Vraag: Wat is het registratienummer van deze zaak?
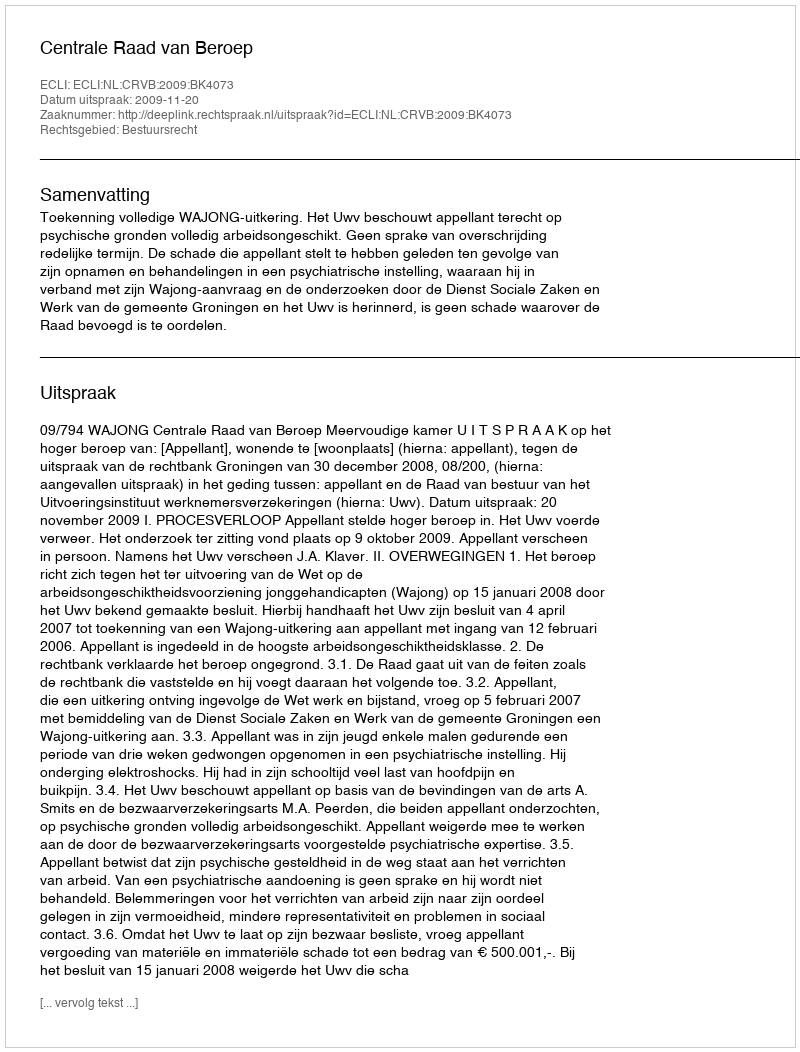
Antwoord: http://deeplink.rechtspraak.nl/uitspraak?id=ECLI:NL:CRVB:2009:BK4073